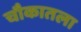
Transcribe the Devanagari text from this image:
चौकातला